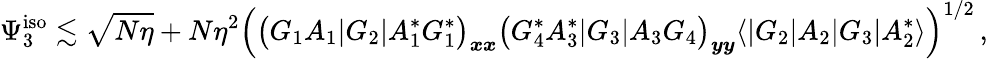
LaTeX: \Psi_{3}^{\mathrm{iso}}\lesssim\sqrt{N\eta}+N\eta^{2}\Big(\big(G_{1}A_{1}|G_{2}|A_{1}^{*}G_{1}^{*}\big)_{\boldsymbol{x}\boldsymbol{x}}\big(G_{4}^{*}A_{3}^{*}|G_{3}|A_{3}G_{4}\big)_{\boldsymbol{y}\boldsymbol{y}}\langle|G_{2}|A_{2}|G_{3}|A_{2}^{*}\rangle\Big)^{1/2}\, ,